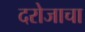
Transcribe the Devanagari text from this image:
दरोजाचा